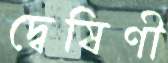
দ্বেষিণী